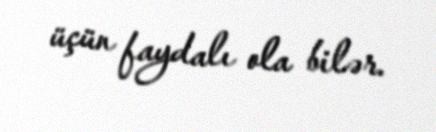
üçün faydalı ola bilər.